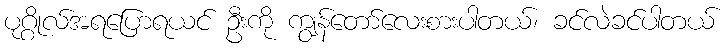
ပုဂ္ဂိုလ်အရပြောရယင် ဦးကို ကျွန်တော်လေးစားပါတယ်၊ ခင်လဲခင်ပါတယ်